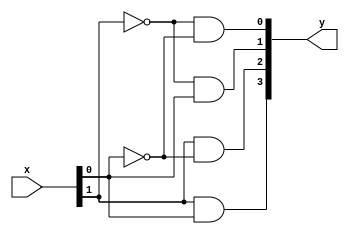
module decoder2x4(x,y); 
	input  wire [1:0] x;
	output wire [3:0] y;
	
	assign y[0]= (~x[1]) & (~x[0]);
	assign y[1]= (~x[1]) & x[0];
	assign y[2]= x[1] & (~ x[0]);
	assign y[3]= x[1] & x[0];

endmodule